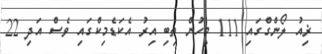
ޜިއު ލޯންގްގައި 111 މީހުން ތިބި އިރު އެކަޑެމިކްގައި ވެސް އަދި 22